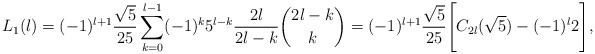
\begin{align*}L_{1}(l)=(-1)^{l+1}\frac{\sqrt{5}}{25}\sum_{k=0}^{l-1}(-1)^{k}5^{l-k} \frac{2l}{2l-k}\binom {2l-k} {k}=(-1)^{l+1}\frac{\sqrt{5}}{25}\Bigg\lbrack C_{2l}(\sqrt{5}) -(-1)^{l}2\Bigg\rbrack ,\end{align*}